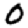
Digit: 0